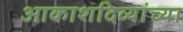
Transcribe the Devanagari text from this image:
आकाशदिव्यांच्या